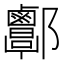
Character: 𨟬